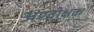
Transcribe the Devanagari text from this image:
अण्वीक्षक